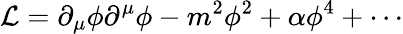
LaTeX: \mathcal{L}=\partial_{\mu}\phi\partial^{\mu}\phi-m^{2}\phi^{2}+\alpha\phi^{4}+\cdots